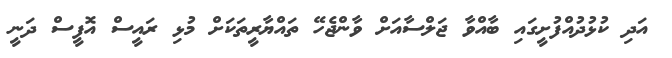
އަދި ކުޅުދުއްފުށީގައި ބާއްވާ ޖަލްސާއަށް ވާންޖެހޭ ތައްޔާރީތަކަށް މުޅި ރައީސް އޮފީސް ދަނީ